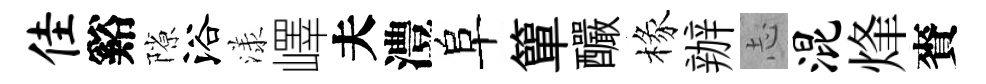
佳谿隙浴漾嶧夫澧阜簞釅椽辦𢖽混烽賚